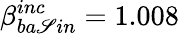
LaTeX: \beta_{ba\mathscr{S}in}^{inc}=1.008